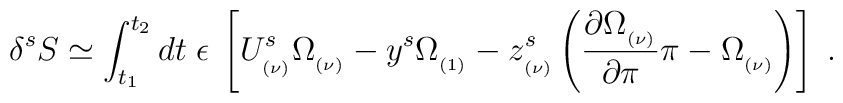
\delta ^sS\simeq \int_{t_1}^{t_2}dt\;\epsilon \;\left[ U_{_{(\nu )}}^s\Omega_{_{(\nu )}}-y^s\Omega _{_{(1)}}-z_{_{(\nu )}}^s\left( {\frac{\partial\Omega _{_{(\nu )}}}{\partial \pi }}\pi -\Omega _{_{(\nu )}}\right) \right]\;.